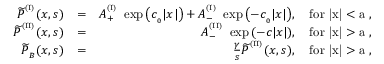
\begin{array} { r l r } { { \widetilde P } ^ { ^ { ( \mathrm { I } ) } } ( x , s ) } & { = } & { A _ { + } ^ { ^ { ( \mathrm { I } ) } } \ \exp { \left( c _ { _ 0 } | x | \right) } + A _ { - } ^ { ^ { ( \mathrm { I } ) } } \ \exp { \left( - c _ { _ 0 } | x | \right) } , \quad \mathrm { f o r ~ | x | < a ~ } , } \\ { { \widetilde P } ^ { ^ { ( \mathrm { I I } ) } } ( x , s ) } & { = } & { A _ { - } ^ { ^ { ( \mathrm { I I } ) } } \ \exp { \left( - c | x | \right) } , \quad \mathrm { f o r ~ | x | > a ~ } , } \\ { { \widetilde P } _ { _ B } ( x , s ) } & { = } & { \frac { \gamma } { s } { \widetilde P } ^ { ^ { ( \mathrm { I I } ) } } ( x , s ) , \quad \mathrm { f o r ~ | x | > a ~ } , } \end{array}